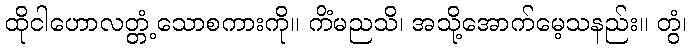
ထိုငါဟောလတ္တံ့သောစကားကို။ ကိံမညသိ၊ အသို့အောက်မေ့သနည်း။ တွံ၊